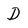
Character: D